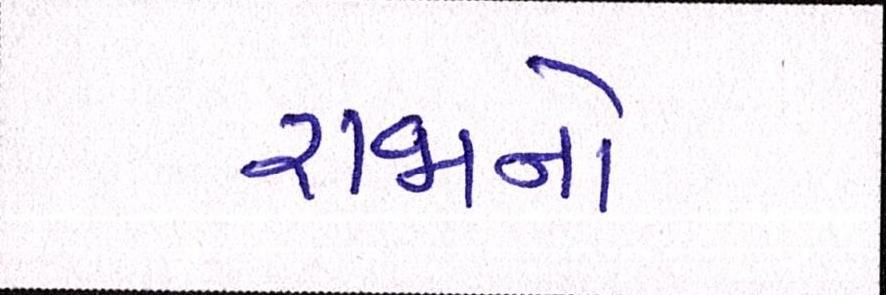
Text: રાજાનો